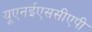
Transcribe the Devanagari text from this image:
यूएनईएससीएपी